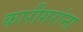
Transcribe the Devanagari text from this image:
कारीगरांना